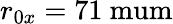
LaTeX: r_{0x}=71\mathrm{\ mum}